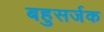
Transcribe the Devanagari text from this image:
बहुसर्जक